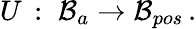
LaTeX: U\, :\; \mathcal{B}_{a}\rightarrow\mathcal{B}_{pos}\, .